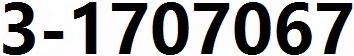
3-1707067